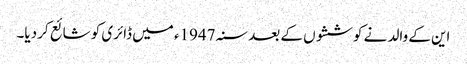
این کے والد نے کوششوں کے بعد سنہ 1947ء میں ڈائری کو شائع کر دیا۔